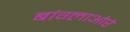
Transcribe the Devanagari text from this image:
बांग्लाओरे